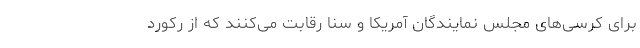
برای کرسی‌های مجلس نمایندگان آمریکا و سنا رقابت می‌کنند که از رکورد